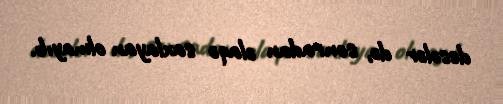
desələr də, sonradan əlaqə saxlayan olmayıb.